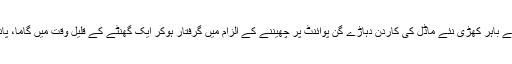
شیخ نیامت اللہ کے گھر کے باہر کھڑی نئے ماڈل کی کاردن دہاڑے گن پوائنٹ پر چھیننے کے الزام میں گرفتار ہوکر ایک گھنٹے کے قلیل وقت میں گاما، پانچ پانجے فٹ کرواچکا تھا۔